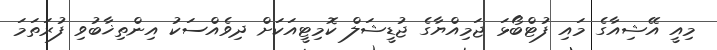
މިއީ އޭޝިއާގެ މައި ފުޓްބޯޅަ ޖަމިއްޔާގެ ޖުޑީޝަލް ކޮމިޓީއަކަށް ދިވެއްސަކު އިންތިޚާބުވި ފުރަތަމަ